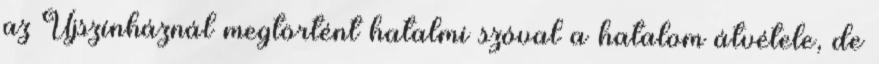
az Újszínháznál megtörtént hatalmi szóval a hatalom átvétele, de